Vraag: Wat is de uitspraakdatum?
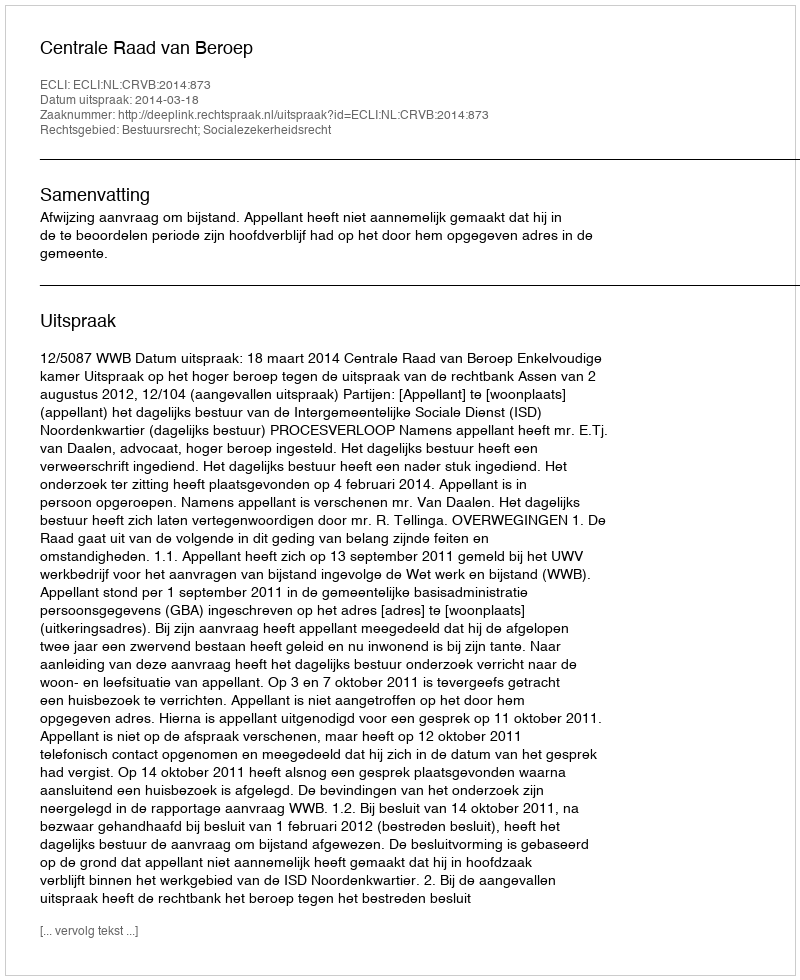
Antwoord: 2014-03-18